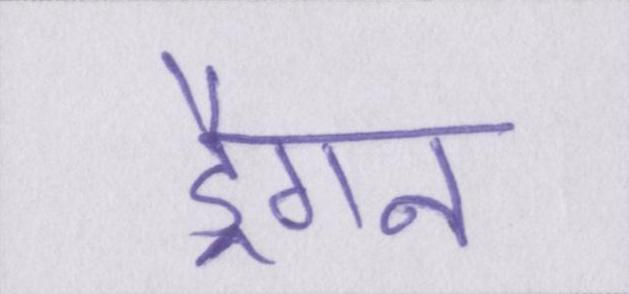
ड्रैगन